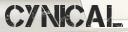
CYNICAL